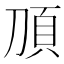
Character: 𬰿